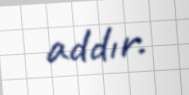
addır.